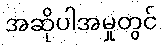
အဆိုပါအမှုတွင်